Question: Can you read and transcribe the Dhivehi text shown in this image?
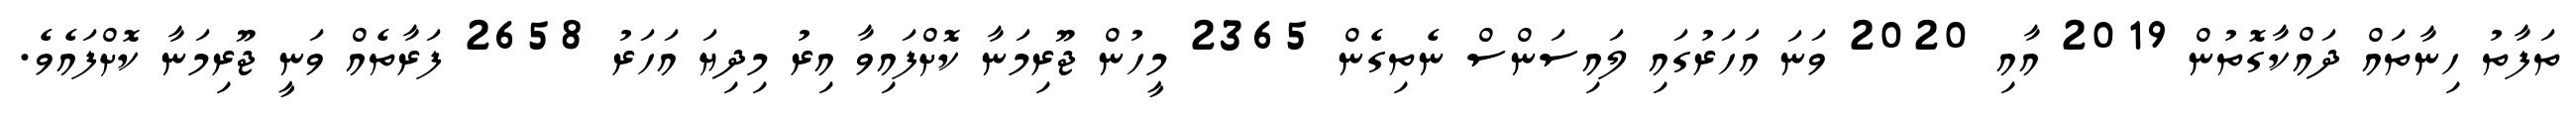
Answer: ތަފާތު ހިނާތައް ދައްކާގޮތުން 2019 އާއި 2020 ވަނަ އަހަރުގައި ލައިސަންސް ނެތިގެން 2365 މީހުން ޖޫރިމަނާ ކޮށްފައިވާ އިރު މިދިޔަ އަހަރު 2658 ފަރާތެއް ވަނީ ޖޫރިމަނާ ކޮށްފައެވެ.